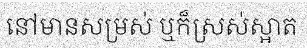
នៅមានសម្រស់ ឬក៏ស្រស់ស្អាត